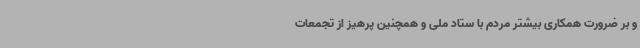
و بر ضرورت همکاری بیشتر مردم با ستاد ملی و همچنین پرهیز از تجمعات